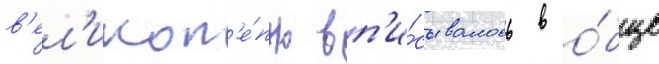
в'ел'икол'е́пно вп'и́сывалось в о́бщие